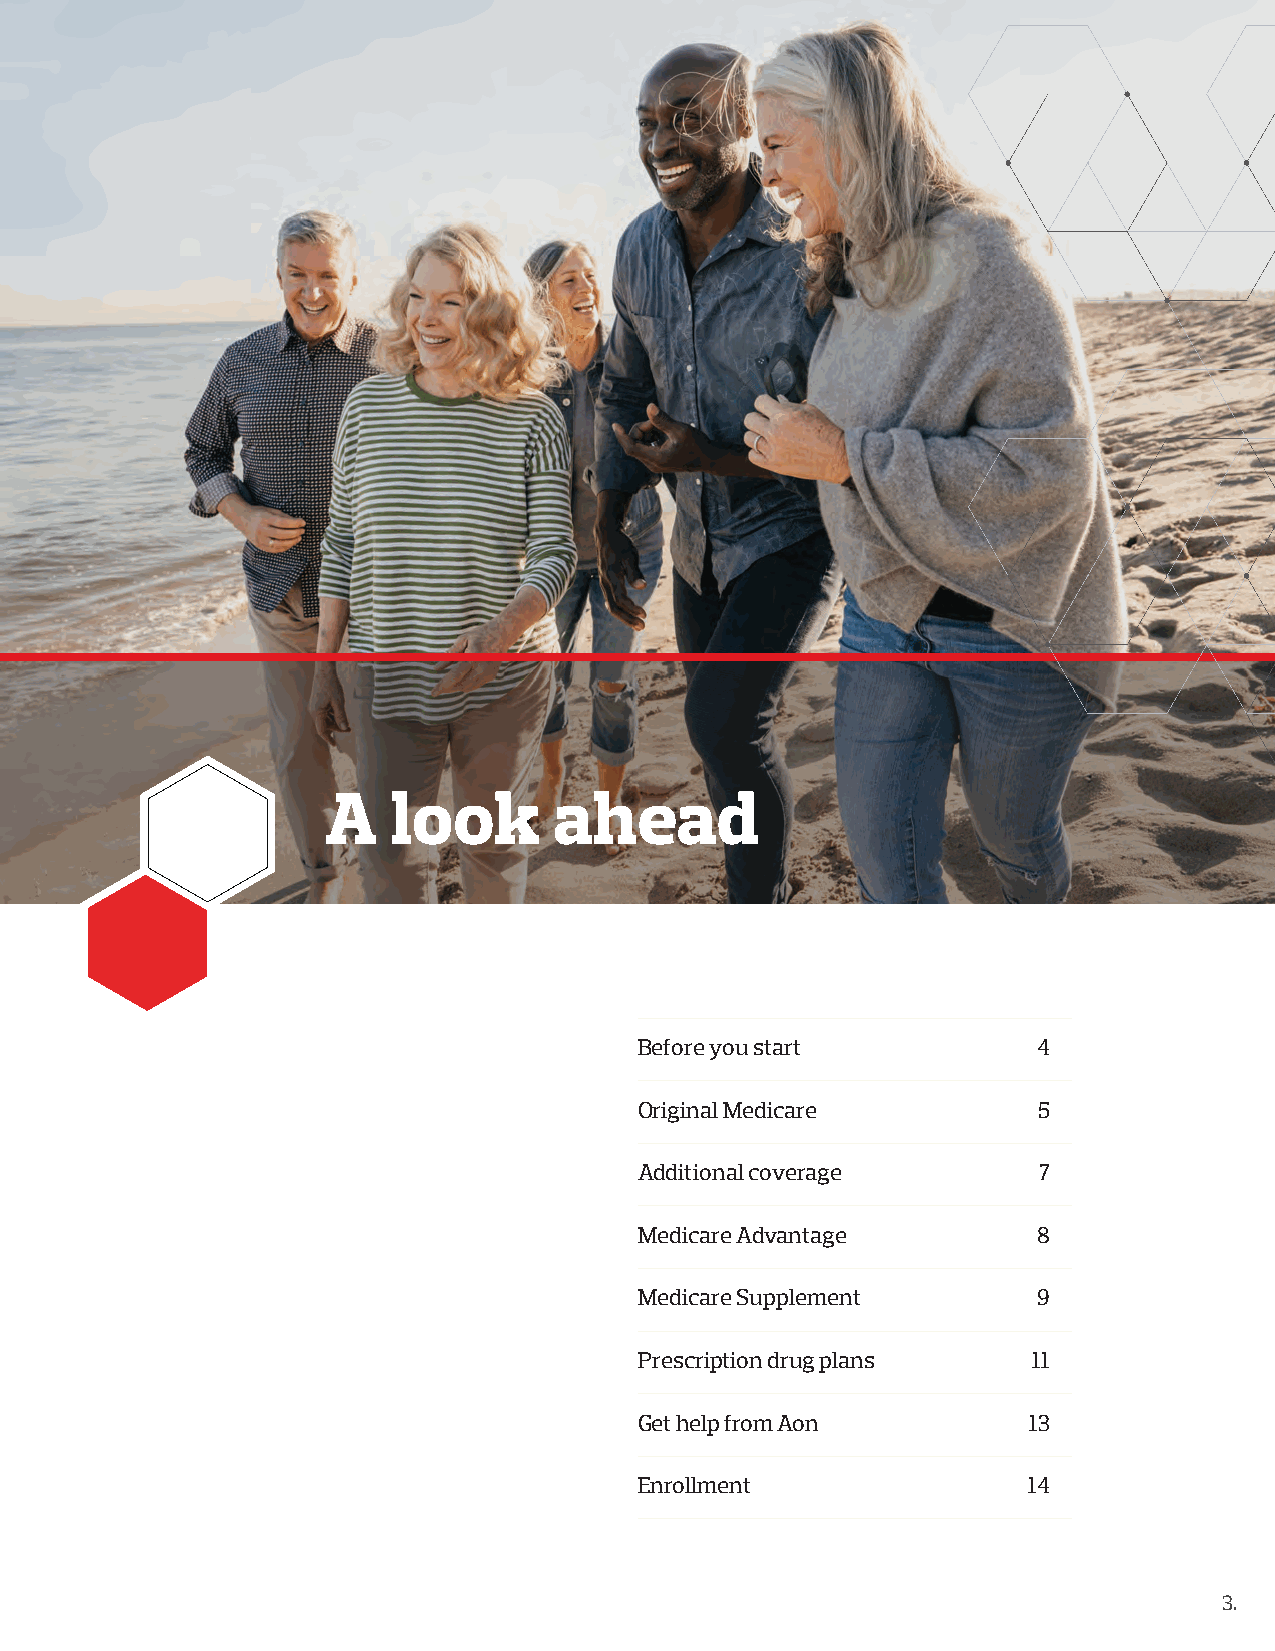
A   look       ahead
 Before you start           4
 Original Medicare          5
 Additional coverage        7
 Medicare Advantage         8
 Medicare Supplement        9
 Prescription drug plans   11
 Get help from Aon         13
 Enrollment                14
 3.